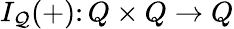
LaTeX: I_{\mathcal{Q}}(+)\colon Q\times Q\to Q